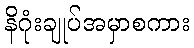
နိဂုံးချုပ်အမှာစကား